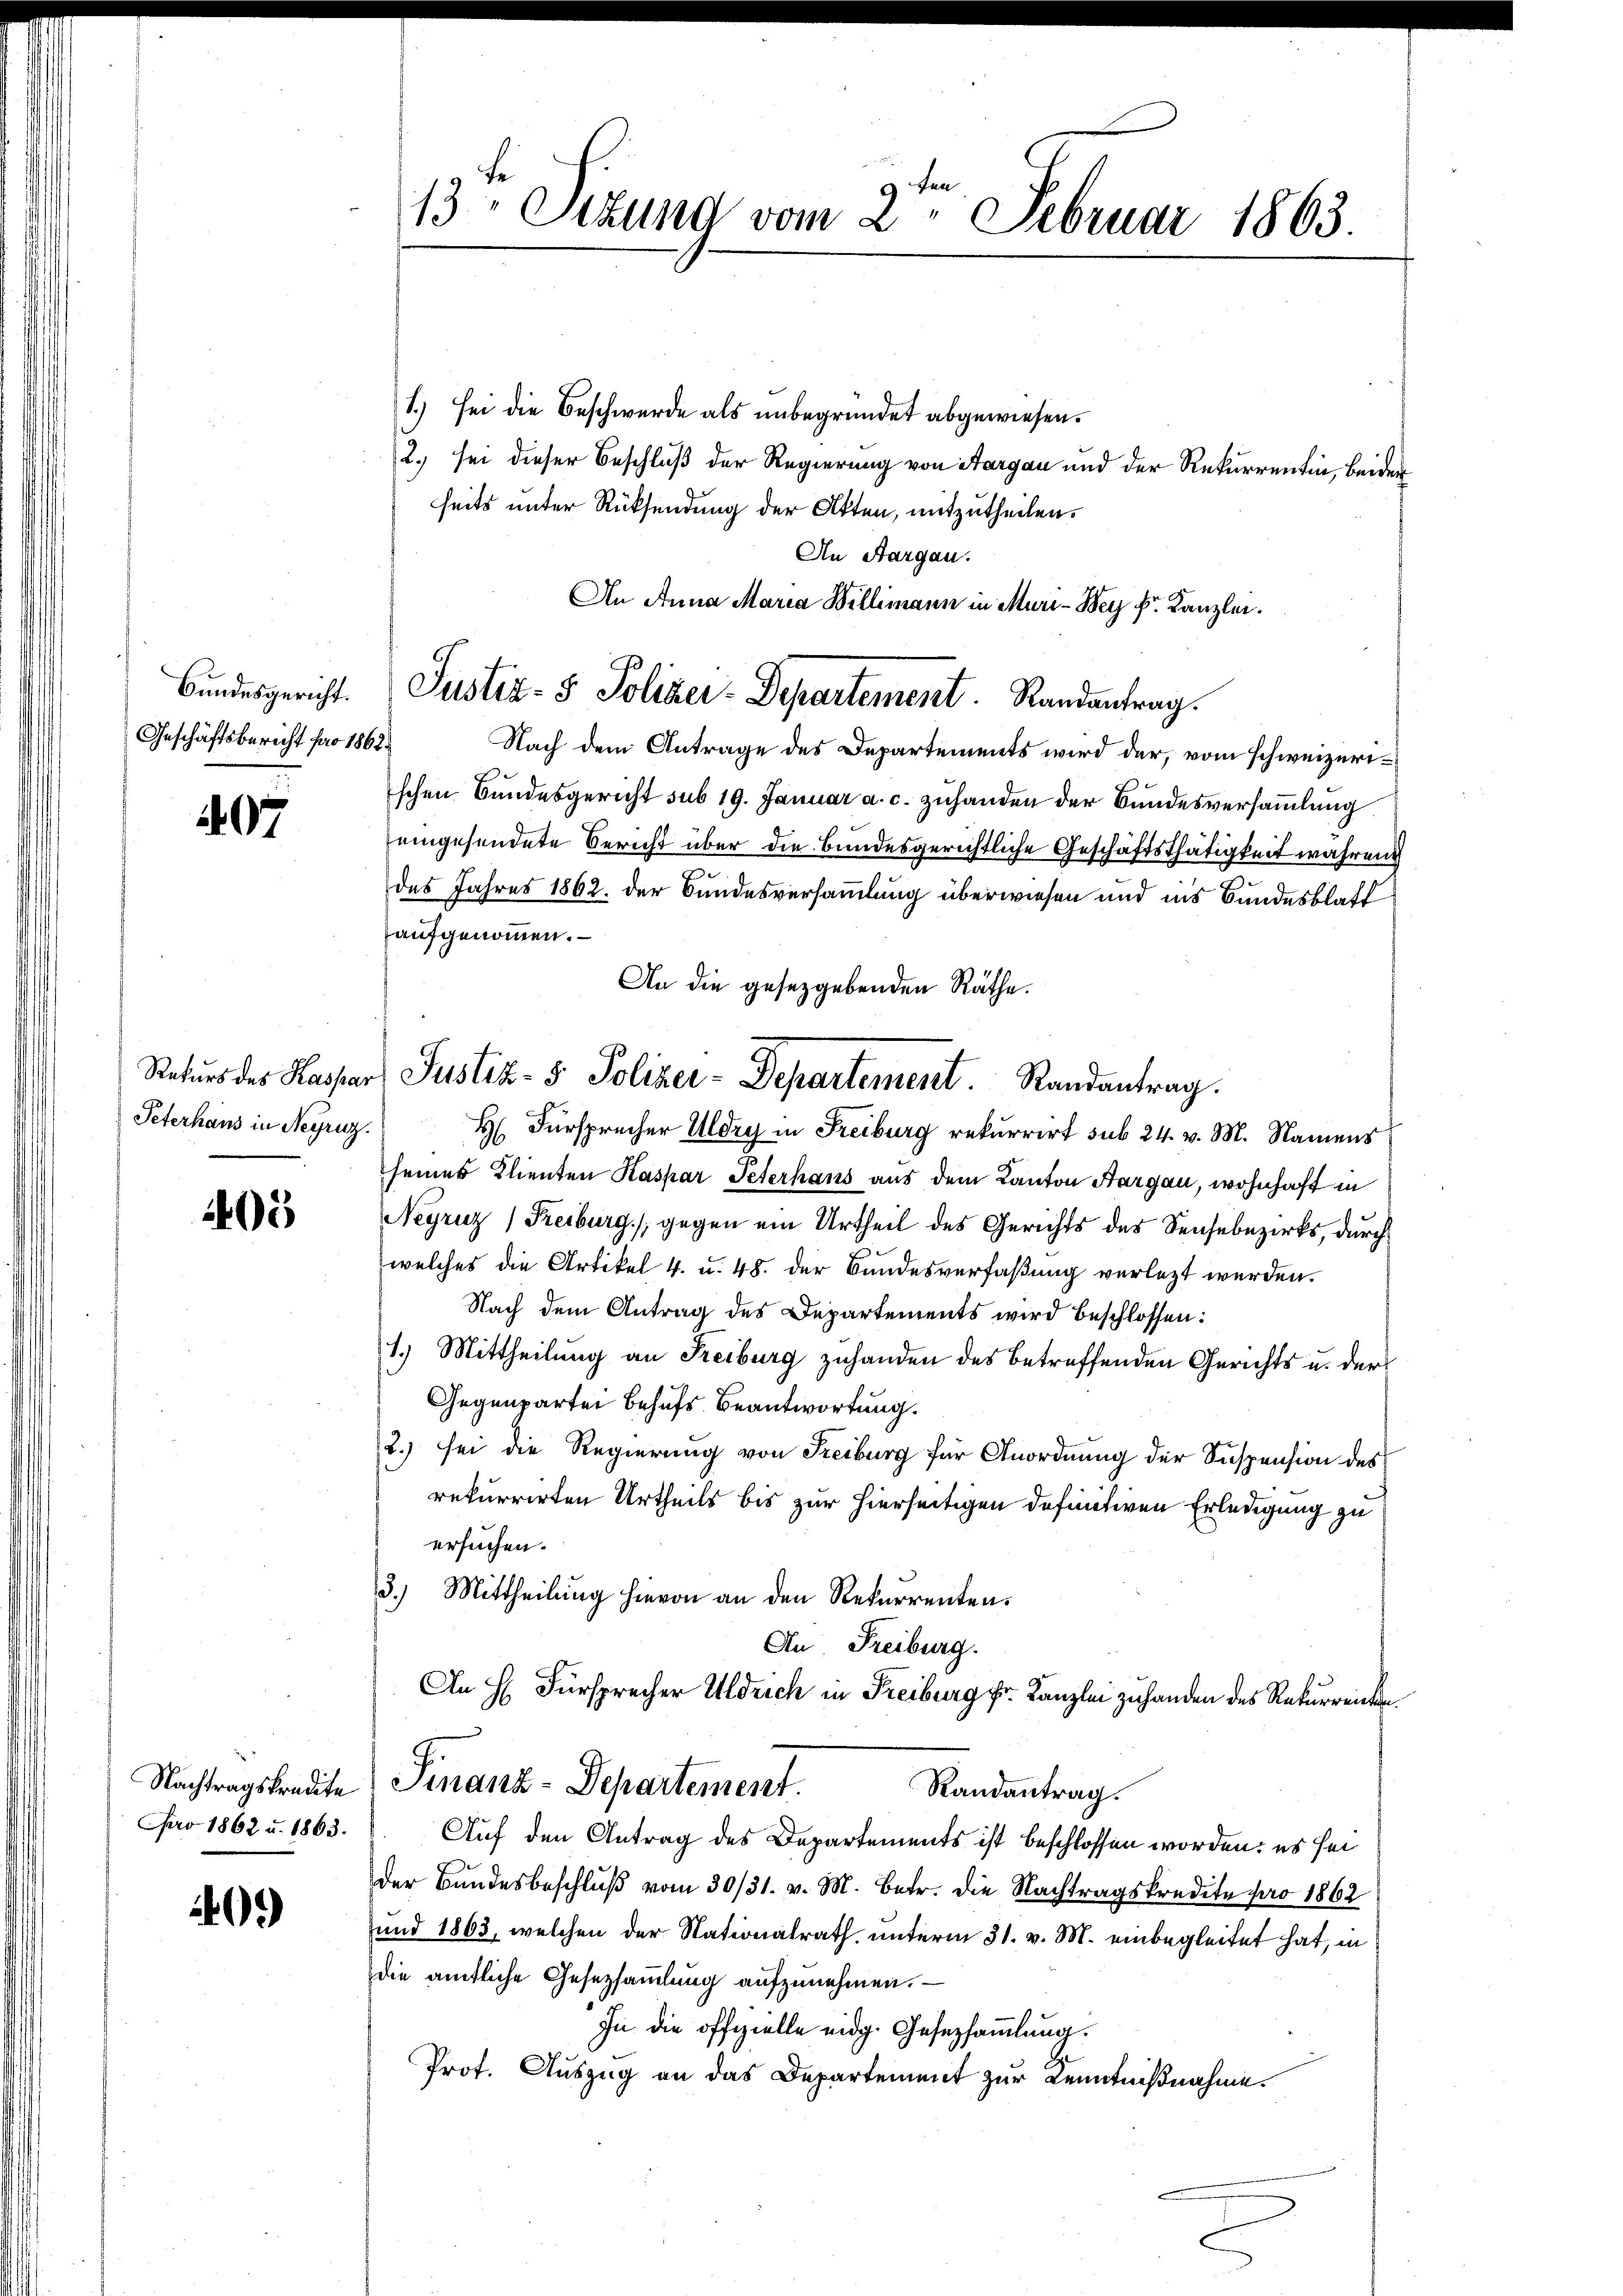
Bundesgericht.
Geschäftsbericht pro 1862.

407

Peterhaus in Neyruz.

405

Nachtragskredite
Nro 1862 u. 1863.

40.)

13. Sizung vom 2. Februar 1863.

1.) sei die Beschwerde als unbegründet abgewiesen.
2.) sei dieser Beschluß der Regierung von Aargau und der Rekurrentin, beider
seits unter Rücksendung der Akten, mitzutheilen.
An Aargau.
An Anna Maria Willimann in Muri-Bey Fr. Kanzlei.
Nach dem Antrage des Departements wird der, vom schweizerischen Bundesgericht sub 19. Januar a. c. zuhanden der Bundesversammlung
eingesendete Bericht über die Bundesgerichtliche Geschäftsthätigkeit während
des Jahres 1862. der Bundesversammlung überwiesen und ins Bundesblatt
aufgenommen.
An die gesetzgebenden Räthe.
H.
Fürsprecher Uldry in Freiburg rekurrirt sub 24. v. M. Namens
3
seiner Klienten Kaspar Peterhans aus dem Kanton Aargau, wohnhaft in
Negruz (Freiburg, gegen ein Urtheil des Gerichts des Sensebezirks, durch
welches die Artikel 4. u. 48. der Bandesverfaßung verletzt werden.
Nach dem Antrag des Departements wird beschlossen:
1.) Mittheilung an Freiburg zuhanden des betreffenden Gerichts u. der
Gegenpartei behufs Beantwortung.
2.) sei die Regierung von Freiburg für Anordnung der Suspension des
rekurrirten Urtheils bis zur hierseitigen definitiven Erledigung zu
ersuchen.
3.) Mittheilung hievon an den Rekurrenten.
An Freiburg.
An H. Fürsprecher Uldrich in Freiburg Fr. Kanzlei zuhanden des Rekurrenten
Finanz-Departement.
Randantrag.
Auf den Antrag des Departements ist beschlossen worden: es sei
der Bundesbeschlŭβ vom 30/31. v. M. Betr. die Nachtragskredite pro 1862
und 1863, welchen der Nationalrath, unterm 31. v. M. einbegleitet hat, in
die amtliche Gesetzsammlung aŭfzŭnehmen.
In die offizielle eidg. Gesetzsammlung.
Prot. Auszug an das Departement zur Kenntnißnahme.

Justiz- & Poliker-Departement. Randantrag.

Rekurs des Kasser Justiz- 5. Polizei-Departement. Randantrag.